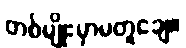
တစ်မျိုးမှာမတူချေ။